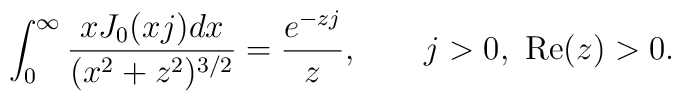
\int_0^\infty \frac{xJ_0(x j) dx}{(x^2 + z^2)^{3/2}} =\frac{e^{-zj}}{z}, \qquad j>0,~{\rm Re}(z)>0.